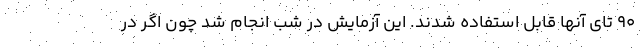
۹۰ تای آنها قابل استفاده شدند. این آزمایش در شب انجام شد چون اگر در